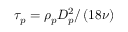
\tau _ { p } = \rho _ { p } D _ { p } ^ { 2 } / \left( 1 8 \nu \right)